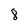
Character: 8